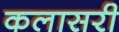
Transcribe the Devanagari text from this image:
कलासरी